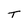
Character: T